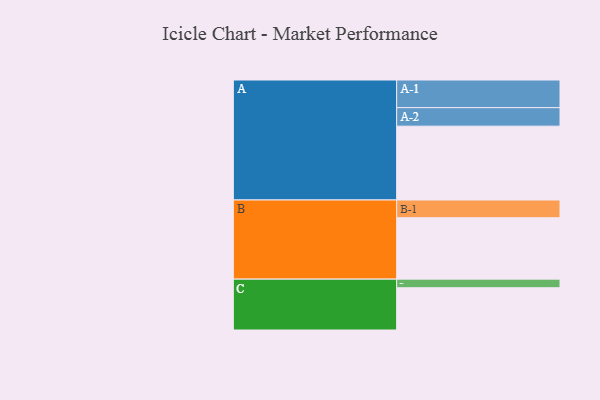
{"axis": {"x": "Segment", "y": "Value"}, "legend": ["", "A", "B", "C"], "data": [{"x": "A", "y": 582, "type": ""}, {"x": "B", "y": 484, "type": ""}, {"x": "C", "y": 333, "type": ""}, {"x": "A-1", "y": 218, "type": "A"}, {"x": "A-2", "y": 146, "type": "A"}, {"x": "B-1", "y": 140, "type": "B"}, {"x": "C-1", "y": 68, "type": "C"}]}